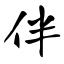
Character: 伴